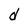
Character: d